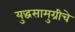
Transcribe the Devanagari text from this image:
युद्धसामुग्रीचे